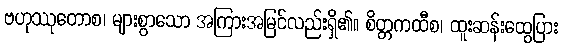
ဗဟုဿုတောစ၊ များစွာသော အကြားအမြင်လည်းရှိ၏။ စိတ္တကထီစ၊ ထူးဆန်းထွေပြား